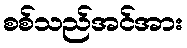
စစ်သည်အင်အား